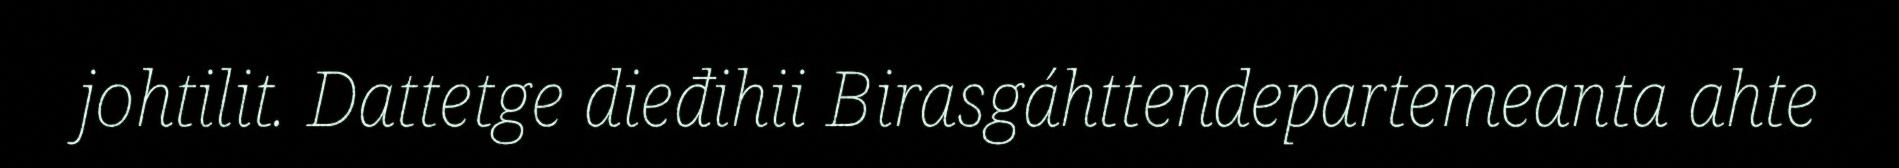
johtilit. Dattetge dieđihii Birasgáhttendepartemeanta ahte